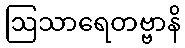
ဩသာရေတဗ္ဗာနိ